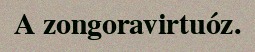
A zongoravirtuóz.